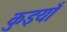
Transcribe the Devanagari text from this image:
कुइयाँ